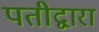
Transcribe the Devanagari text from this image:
पतीद्वारा